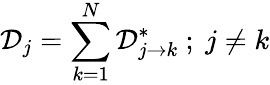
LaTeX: \mathcal{D}_{j}=\sum_{k=1}^{N}\mathcal{D}_{j\rightarrow k}^{*}~;~j\neq k